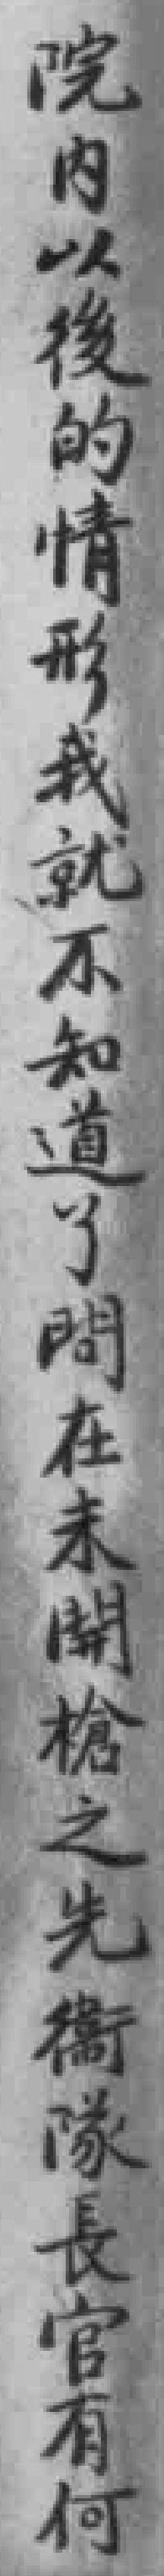
院内以後的情形我就不知道了問在未開槍之先衛隊長官有何